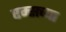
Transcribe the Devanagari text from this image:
एम्सच्या